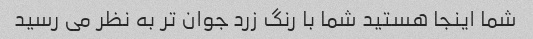
شما اینجا هستید شما با رنگ زرد جوان تر به نظر می رسید